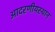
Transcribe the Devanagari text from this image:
आदरणीयस्थान